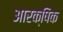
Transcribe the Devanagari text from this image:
आरक्षिक